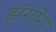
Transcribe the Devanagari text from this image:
झंगोरा